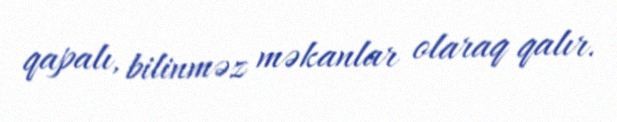
qapalı, bilinməz məkanlar olaraq qalır.